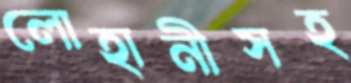
লোহানীসহ